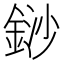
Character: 䤬